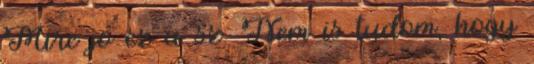
Mire jó ez a sz. Nem is tudom, hogy